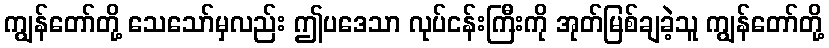
ကျွန်တော်တို့ သေသော်မှလည်း ဤပဒေသာ လုပ်ငန်းကြီးကို အုတ်မြစ်ချခဲ့သူ ကျွန်တော်တို့